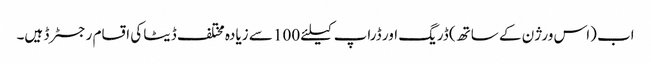
اب (اس ورژن کے ساتھ) ڈریگ اور ڈراپ کیلئے 100 سے زیادہ مختلف ڈیٹا کی اقسام رجسٹرڈ ہیں۔